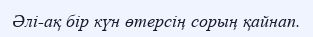
Әлі-ақ бір күн өтерсің сорың қайнап.